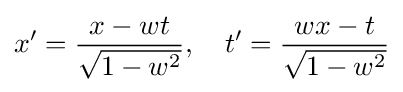
x'={\frac {x-wt}{\sqrt {1-w^{2}}}},\quad t'={\frac {wx-t}{\sqrt {1-w^{2}}}}